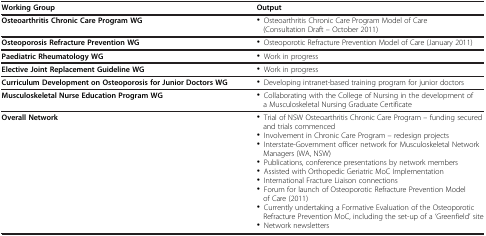
| Working Group | Output |
 | --- | --- |
 | Osteoarthritis Chronic Care Program WG | • Osteoarthritis Chronic Care Program Model of Care (Consultation Draft – October 2011) |
 | Osteoporosis Refracture Prevention WG | • Osteoporotic Refracture Prevention Model of Care (January 2011) |
 | Paediatric Rheumatology WG | • Work in progress |
 | Elective Joint Replacement Guideline WG | • Work in progress |
 | Curriculum Development on Osteoporosis for Junior Doctors WG | • Developing intranet-based training program for junior doctors |
 | Musculoskeletal Nurse Education Program WG | • Collaborating with the College of Nursing in the development of a Musculoskeletal Nursing Graduate Certificate |
 | <ROWSPAN=9> Overall Network | • Trial of NSW Osteoarthritis Chronic Care Program – funding secured and trials commenced |
 | • Involvement in Chronic Care Program – redesign projects |
 | • Interstate-Government officer network for Musculoskeletal Network Managers (WA, NSW) |
 | • Publications, conference presentations by network members |
 | • Assisted with Orthopedic Geriatric MoC Implementation |
 | • International Fracture Liaison connections |
 | • Forum for launch of Osteoporotic Refracture Prevention Model of Care (2011) |
 | • Currently undertaking a Formative Evaluation of the Osteoporotic Refracture Prevention MoC, including the set-up of a ‘Greenfield’ site |
 | • Network newsletters |